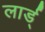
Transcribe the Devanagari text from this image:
लार्ड्‌